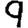
Digit: 9